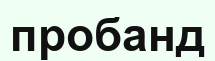
пробанд